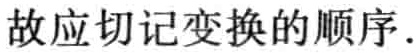
故应切记变换的顺序.